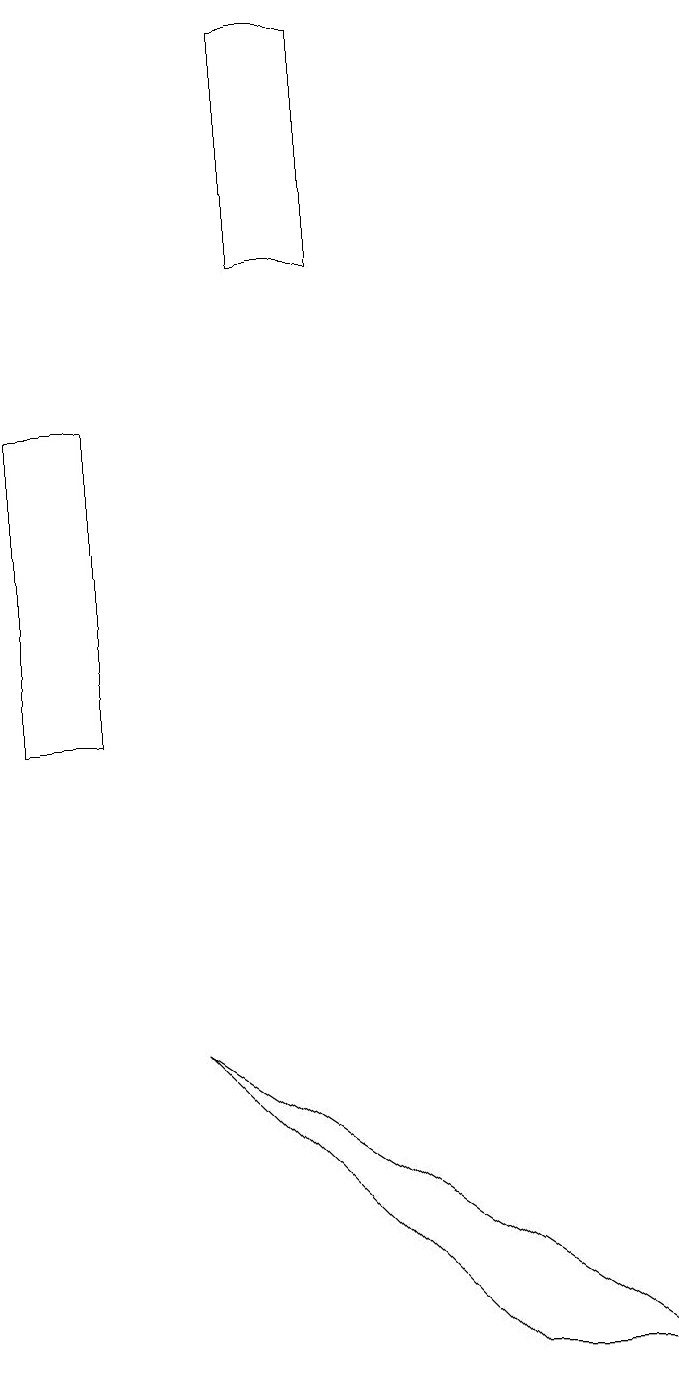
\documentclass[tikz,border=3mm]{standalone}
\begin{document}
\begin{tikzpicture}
\draw (2,10) rectangle (1,14);
\draw (3,6) -- (7,2) -- (9,2) -- cycle;
\draw (4,16) rectangle (5,19);
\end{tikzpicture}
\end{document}